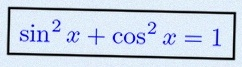
\sin^2x+\cos^2x=1